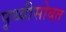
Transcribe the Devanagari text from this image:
पृथ्वीसोबत